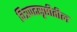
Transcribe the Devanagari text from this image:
चित्रपटसृष्ठीतील